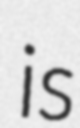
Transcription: is